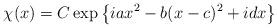
LaTeX: \begin{align*}\chi(x)=C\exp\left\{iax^{2}-b(x-c)^{2}+idx\right\} \end{align*}